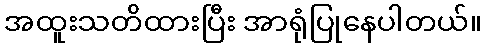
အထူးသတိထားပြီး အာရုံပြုနေပါတယ်။